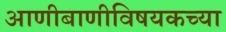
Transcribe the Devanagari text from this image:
आणीबाणीविषयकच्या